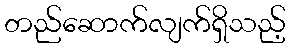
တည်ဆောက်လျက်ရှိသည့်